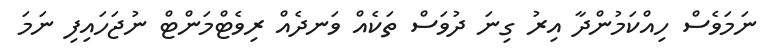
ނަމަވެސް ހިއްކަމުންދާ އިރު ގިނަ ދުވަސް ތަކެއް ވަނދެއް ރިވެޓްމަންޓް ނުޖަހައިފި ނަމަ